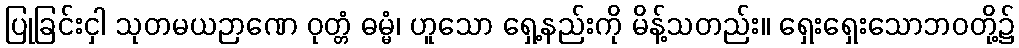
ပြုခြင်းငှါ သုတမယဉာဏေ ဝုတ္တံ ဓမ္မံ၊ ဟူသော ရှေ့နည်းကို မိန့်သတည်း။ ရှေးရှေးသောဘဝတို့၌